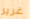
غرير